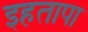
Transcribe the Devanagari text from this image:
इहतापा